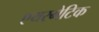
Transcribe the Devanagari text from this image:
एयरमेटिक